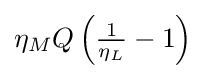
{\textstyle \eta _{M}Q\left({\frac {1}{\eta _{L}}}-1\right)}